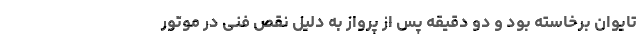
تایوان برخاسته بود و دو دقیقه پس از پرواز به دلیل نقص فنی در موتور